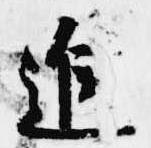
於